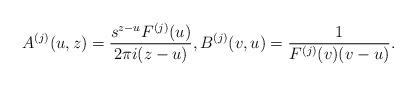
LaTeX: \begin{align*}A^{(j)}(u,z) = \frac{s^{z-u} F^{(j)}(u)}{ 2\pi i (z-u)}, B^{(j)}(v,u) = \frac{1}{F^{(j)}(v)(v-u)}.\end{align*}